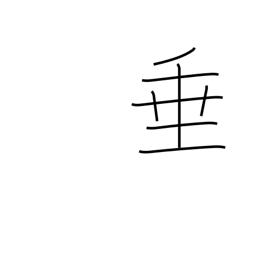
Meaning: droop